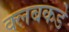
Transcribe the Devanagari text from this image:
क्लबकडे